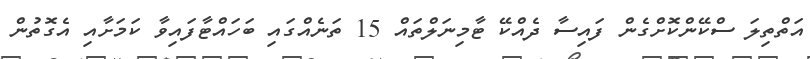
އަތްތިލަ ސްކޭންކޮށްގެން ފައިސާ ދެއްކޭ ޓާމިނަލްތައް 15 ތަނެއްގައި ބަހައްޓާފައިވާ ކަމަށާއި އެގޮތުން